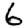
Digit: 6